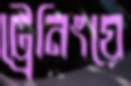
ট্রেনিংয়ে